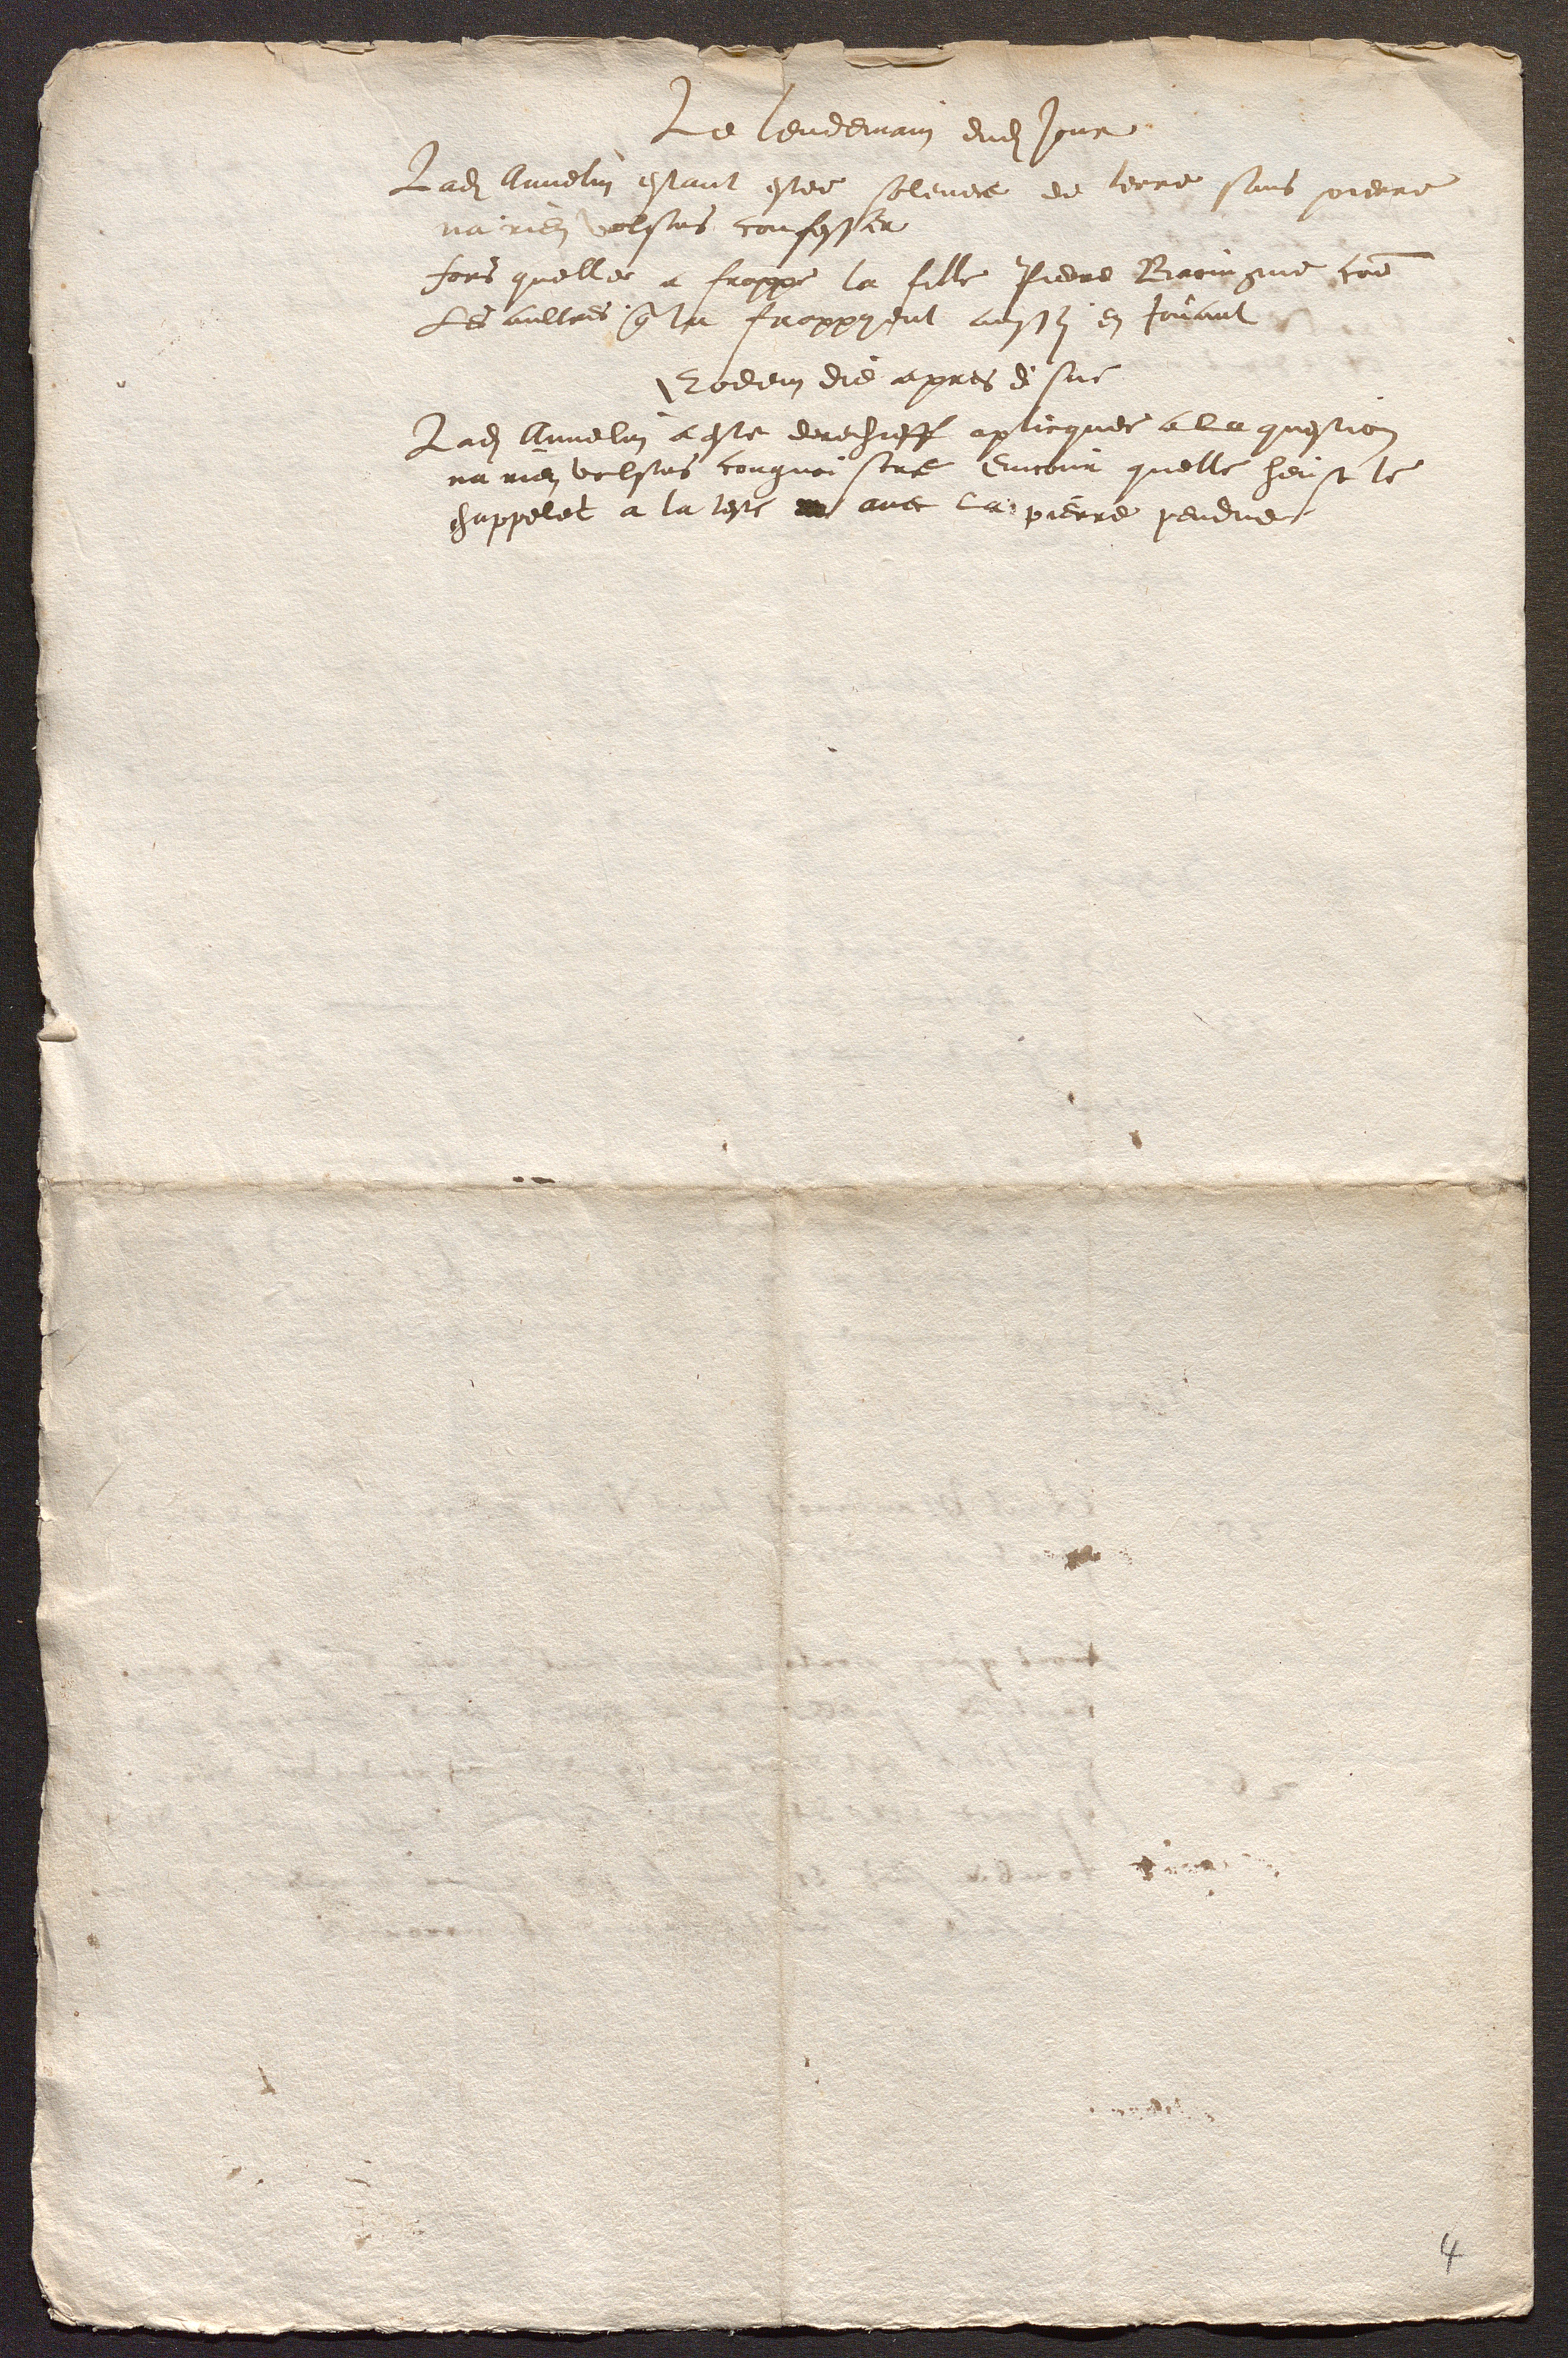
Le lendemain dudit jour
Ladite Annelin estant estee solevee de terre sans pierre
na rien volsus confesser
fors quelle a frappe la fille Pierre Broingne comme
Les aultres qui le frappoient aussi en Jouant
Eodem die apres disne
Ladite Annelin a este derechieff aplicquee a la question
na rien volsus congnoistre Encour quelle heust le
chappelet a la teste avec la pierre pendue.